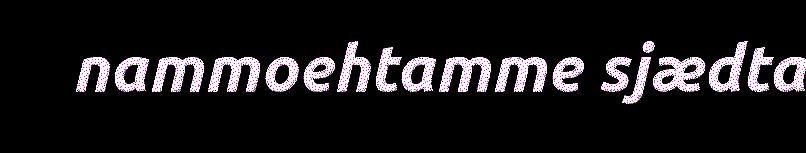
nammoehtamme sjædta